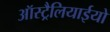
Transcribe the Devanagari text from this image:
ऑस्ट्रैलियाईयो